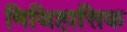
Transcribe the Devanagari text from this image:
मिथिहासिक